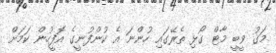
މަގު ވީބީ މާޓް ގޯޅި ތެރޭގައި ހުންނަ އެ ކުންފުނީގެ އޮފީހުން ކަމަށް